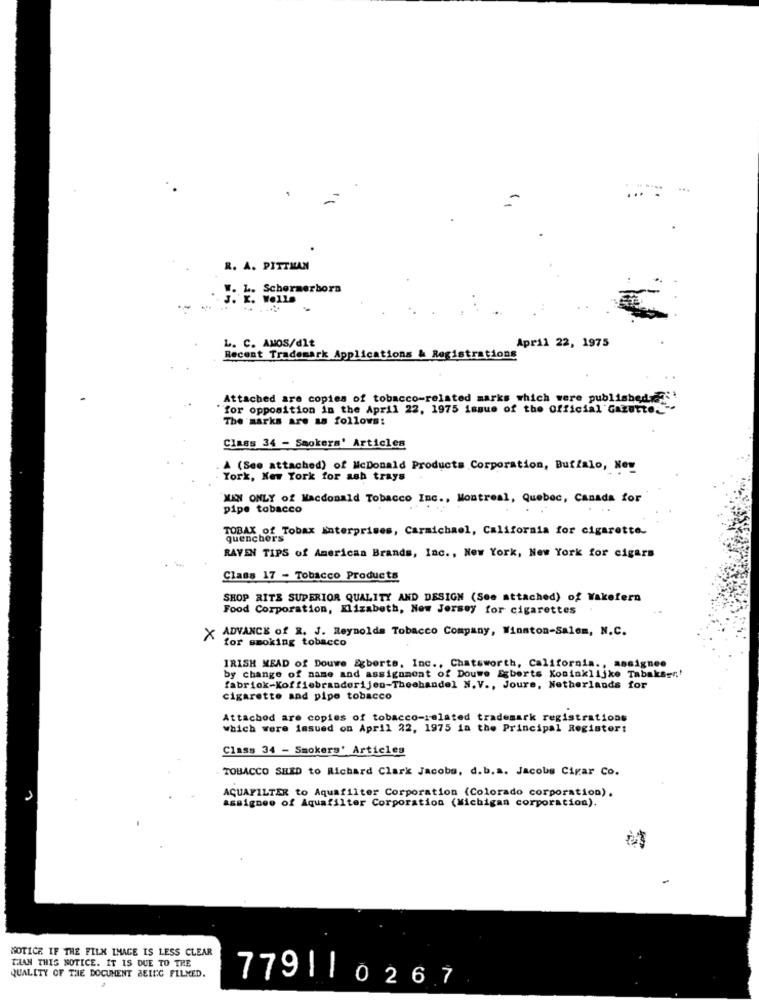
...
...
R. A. PITTMAN
.L. Schermerbors
K. WOLLS
L. C. AMOS/dlt
April 22, 1975
Recent Trademark Applications & Registrations
Attached are copies of tobacco-related marks which were published
for opposition in the April 22, 1975 issue of the Official Gazette."
The marks are as follows:
Class 34 - Smokers' Articles
A (See attached) of McDonald Products Corporation, Buffalo, Ney
York, New York for ash trays .
MAN ONLY of Macdonald Tobacco Inc ., Montreal, Quebec, Canada for
pipe tobacco
TOBAX of Tobax Enterprises, Carmichael, California for cigarette.
RAVEN TIPS of American Brands, Inc ., New York, New York for cigars
Class 17 - Tobacco Products
SHOP RITS SUPERIOR QUALITY AND DESIGN (See attached) of Wakefern
Food Corporation, Elizabeth, New Jersey for cigarettes
X ADVANCE of R. J. Reynolds Tobacco Company, Winston-Salem, N.C.
for smoking tobacco
IRISH MEAD of Douwe Egberts, Inc ., Chatsworth, California ., assignee
by change of name and assignment of Douwe Egberts Koninklijke Tabak&er.'
fabriok-Koffiebranderijen-Theehandel N.V ., Joure, Netherlands for
cigarette and pipe tobacco
Attached are copies of tobacco-related trademark registrations
which were issued on April 22, 1975 in the Principal Register:
Class 34 - Smokers' Articles
TOBACCO SHED to Richard Clark Jacobs, d.b. a. Jacobs Cigar Co.
AQUAFILTER to Aquafilter Corporation (Colorado corporation).
assignee of Aquafilter Corporation (Michigan corporation).
-
NOTICE IF THE FILM INACE IS LESS CLEAR
THAN THIS NOTICE. IT IS DUE TO THE
QUALITY OF THE DOCUMENT BEING FILMED.
7791|0267